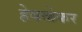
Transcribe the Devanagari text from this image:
हेबळेकर